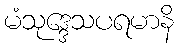
မံသုဒ္ဒေသပရမာနိ